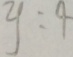
y : 4